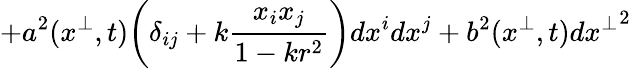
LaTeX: +a^{2}(x^{\perp},t)\! \left(\delta_{ij}+k\frac{x_{i}x_{j}}{1-kr^{2}}\right)dx^{i}dx^{j}+b^{2}(x^{\perp},t)d{x^{\perp}}^{2}